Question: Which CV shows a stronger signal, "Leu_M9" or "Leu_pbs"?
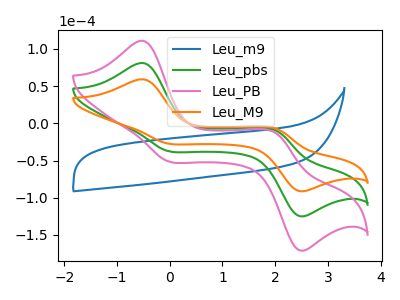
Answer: <think>The blue curve "Leu_m9" has no peaks. The green curve "Leu_pbs" has anodic peaks at (-0.50V, 81.05uA) (2.00V, -9.20uA) and cathodic peaks at (-0.05V, -37.25uA) (2.45V, -124.15uA). The pink curve "Leu_PB" has anodic peaks at (-0.50V, 162.10uA) (2.00V, -18.35uA) and cathodic peaks at (-0.05V, -74.50uA) (2.45V, -248.25uA). The orange curve "Leu_M9" has anodic peaks at (-0.50V, 59.20uA) (2.00V, -6.70uA) and cathodic peaks at (-0.05V, -27.20uA) (2.45V, -90.70uA).
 All the peaks in "Leu_M9" have a peak in "Leu_pbs" at the same potential.</think>
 <answer>I cant tell if "Leu_M9" or "Leu_pbs" has more signal.</answer>
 <eval>mixed_signal</eval>